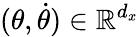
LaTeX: (\theta,\dot{\theta})\in\mathbb{R}^{d_{x}}